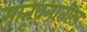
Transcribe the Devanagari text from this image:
मातृवनातील